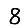
Digit: 8